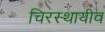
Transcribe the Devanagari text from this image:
चिरस्थायीव